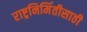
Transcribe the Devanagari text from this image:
राष्ट्रनिर्मितीसाठी